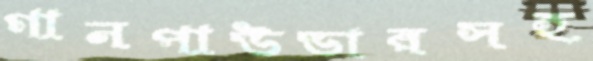
গানপাউডারসহ